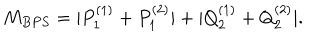
M _ { B P S } = | P _ { 1 } ^ { ( 1 ) } + P _ { 1 } ^ { ( 2 ) } | + | Q _ { 2 } ^ { ( 1 ) } + Q _ { 2 } ^ { ( 2 ) } | .